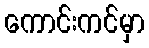
ကောင်းကင်မှာ